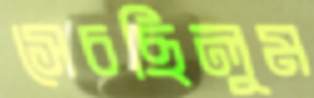
সেচছিলুম